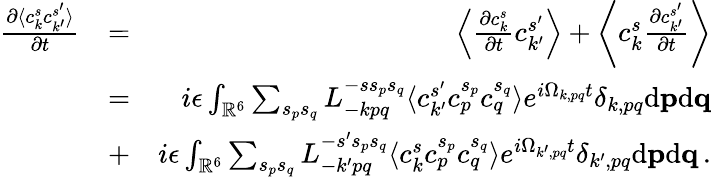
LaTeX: \begin{array}{rlr}{\frac{\partial\langle c_{k}^{s}c_{k^{\prime}}^{s^{\prime}}\rangle}{\partial t}}&{=}&{\left\langle\frac{\partial c_{k}^{s}}{\partial t}c_{k^{\prime}}^{s^{\prime}}\right\rangle+\left\langle c_{k}^{s}\frac{\partial c_{k^{\prime}}^{s^{\prime}}}{\partial t}\right\rangle}\\ &{=}&{i\epsilon\int_{{\mathbb{R}}^{6}}\sum_{s_{p}s_{q}}L_{-kpq}^{-ss_{p}s_{q}}\langle c_{k^{\prime}}^{s^{\prime}}c_{p}^{s_{p}}c_{q}^{s_{q}}\rangle e^{i\Omega_{k,pq}t}\delta_{k,pq}\mathrm{d}{\mathbf p}\mathrm{d}{\mathbf q}}\\ &{+}&{i\epsilon\int_{{\mathbb{R}}^{6}}\sum_{s_{p}s_{q}}L_{-k^{\prime}pq}^{-s^{\prime}s_{p}s_{q}}\langle c_{k}^{s}c_{p}^{s_{p}}c_{q}^{s_{q}}\rangle e^{i\Omega_{k^{\prime},pq}t}\delta_{k^{\prime},pq}\mathrm{d}{\mathbf p}\mathrm{d}{\mathbf q}\, .}\end{array}